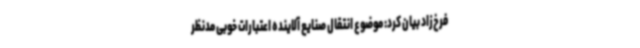
فرخ‌زاد بیان کرد: موضوع انتقال صنایع آلاینده اعتبارات خوبی مدنظر